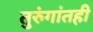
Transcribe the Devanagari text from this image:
तुरुंगांतही